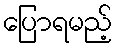
ပြောရမည့်